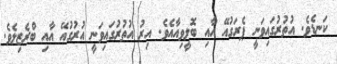
ކަނޑެވެ. އުތުރުގައިވަނީ ޕެރަގުއޭ އާއި ބޮލީވިއާއެވެ. އިރު އުތުރުގައިވަނީ އުރުގުއޭ އާއި ބްރެޒިލެވެ.